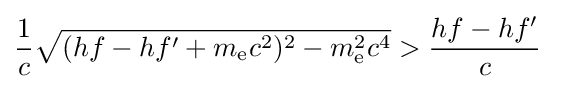
{\frac {1}{c}}{\sqrt {(hf-hf'+m_{\text{e}}c^{2})^{2}-m_{\text{e}}^{2}c^{4}}}>{\frac {hf-hf'}{c}}~